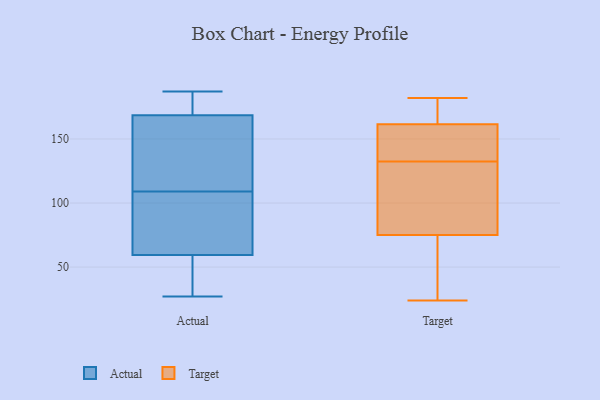
{"axis": {"x": "Market Share (%)", "y": "Value"}, "legend": ["Actual", "Target"], "data": [{"x": "", "y": 170, "type": "Actual"}, {"x": "", "y": 159, "type": "Actual"}, {"x": "", "y": 109, "type": "Actual"}, {"x": "", "y": 144, "type": "Actual"}, {"x": "", "y": 62, "type": "Actual"}, {"x": "", "y": 84, "type": "Actual"}, {"x": "", "y": 171, "type": "Actual"}, {"x": "", "y": 46, "type": "Actual"}, {"x": "", "y": 27, "type": "Actual"}, {"x": "", "y": 97, "type": "Actual"}, {"x": "", "y": 187, "type": "Actual"}, {"x": "", "y": 52, "type": "Actual"}, {"x": "", "y": 168, "type": "Actual"}, {"x": "", "y": 42, "type": "Target"}, {"x": "", "y": 181, "type": "Target"}, {"x": "", "y": 77, "type": "Target"}, {"x": "", "y": 175, "type": "Target"}, {"x": "", "y": 145, "type": "Target"}, {"x": "", "y": 182, "type": "Target"}, {"x": "", "y": 118, "type": "Target"}, {"x": "", "y": 143, "type": "Target"}, {"x": "", "y": 148, "type": "Target"}, {"x": "", "y": 122, "type": "Target"}, {"x": "", "y": 24, "type": "Target"}, {"x": "", "y": 73, "type": "Target"}]}